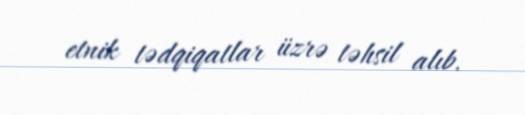
etnik tədqiqatlar üzrə təhsil alıb.